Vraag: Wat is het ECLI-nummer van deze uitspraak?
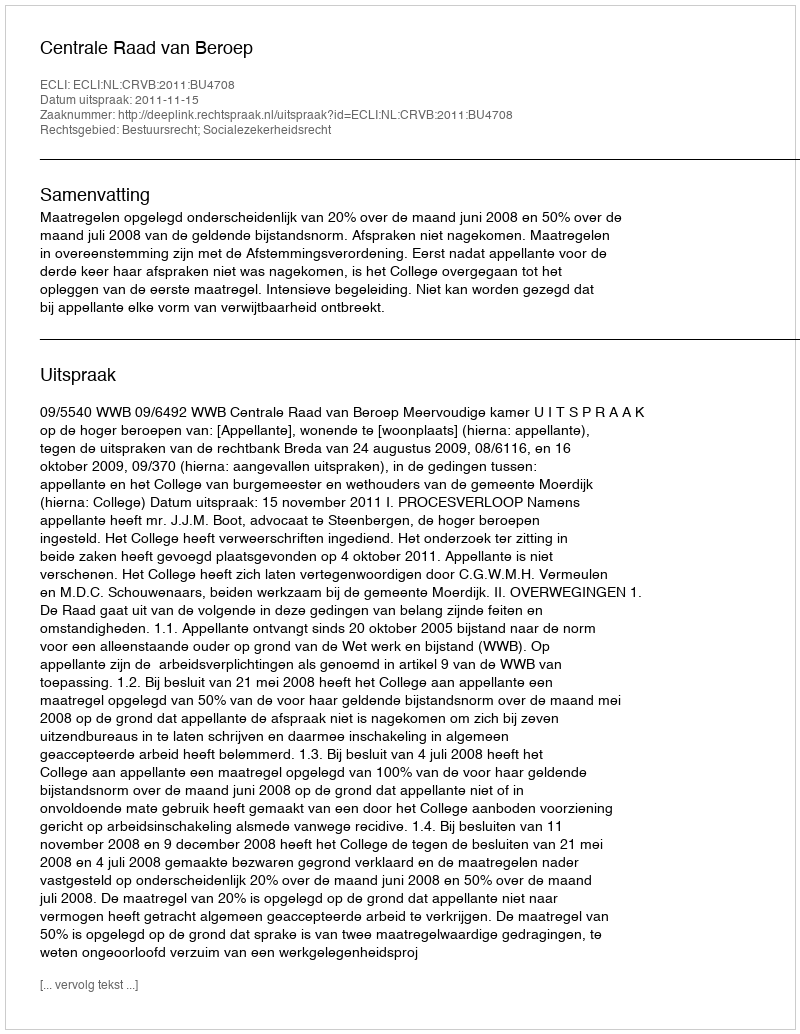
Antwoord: ECLI:NL:CRVB:2011:BU4708